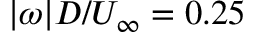
\vert \omega \vert D / U _ { \infty } = 0 . 2 5